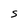
Character: S